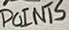
Text: POINTS